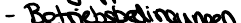
- Betriebsbedingungen